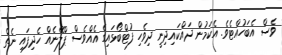
ވެސް އެބަހުއްޓެވެ. އެކަމުން ދައްކައިދިނީ ދިވެހި ފުޓްބޯޅައިގެ އެއްވެސް ޕްލޭނެއް ހެދިފައި ނެތް